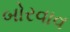
બોરવાવ